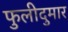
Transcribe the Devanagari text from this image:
फुलीदुमार